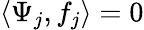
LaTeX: \langle\Psi_{j},f_{j}\rangle=0